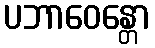
ပဘာဝေန္တော